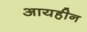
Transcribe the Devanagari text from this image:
आयहीन